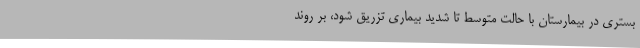
بستری در بیمارستان با حالت متوسط تا شدید بیماری تزریق شود، بر روند